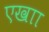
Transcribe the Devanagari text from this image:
एखाा